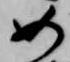
如